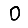
Digit: 0